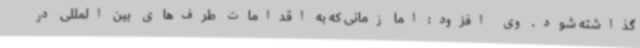
گذاشته شود. وی افزود: اما زمانی که به اقدامات طرف‌های بین المللی در